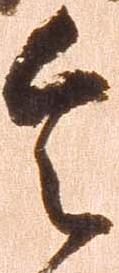
令